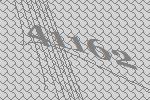
41162